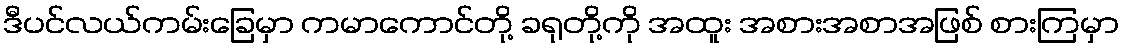
ဒီပင်လယ်ကမ်းခြေမှာ ကမာကောင်တို့ ခရုတို့ကို အထူး အစားအစာအဖြစ် စားကြမှာ